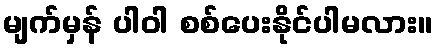
မျက်မှန် ပါဝါ စစ်ပေးနိုင်ပါမလား။